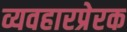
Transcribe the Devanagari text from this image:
व्यवहारप्रेरक